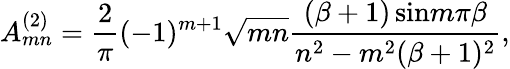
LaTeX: A_{mn}^{(2)}={\frac{2}{\pi}}(-1)^{m+1}\sqrt{mn}{\frac{(\beta+1)\, \mathrm{sin}m\pi\beta}{n^{2}-m^{2}(\beta+1)^{2}}},